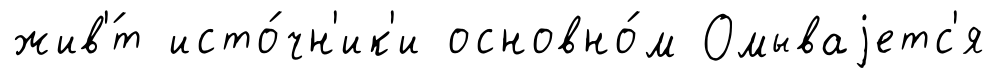
жив'́т исто́чн'ик'и основно́м Омываjетс'я